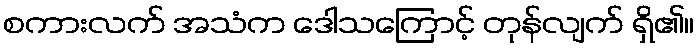
စကားလက် အသံက ဒေါသကြောင့် တုန်လျက် ရှိ၏။